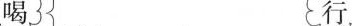
喝 行